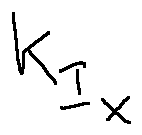
k _ { I _ { X } }